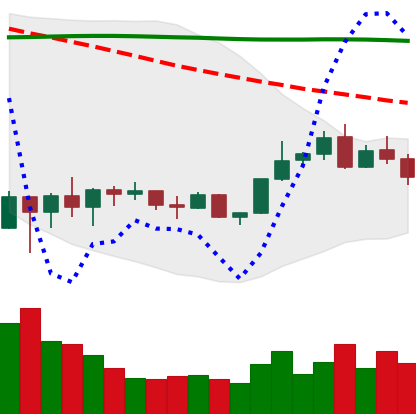
Ticker: BNB-USD
Chart end date: 2022-02-11
Forward return: 6.867%
Label: up_5_7